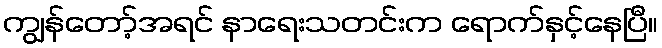
ကျွန်တော့်အရင် နာရေးသတင်းက ရောက်နှင့်နေပြီ။